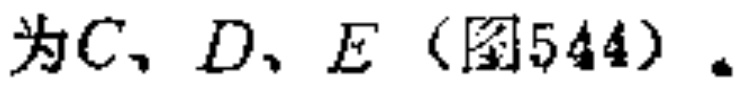
为\(C、D、E\)（图544）.